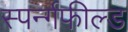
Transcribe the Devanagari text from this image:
स्पर्न्गफील्ड